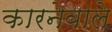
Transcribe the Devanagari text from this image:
कारनेवाले